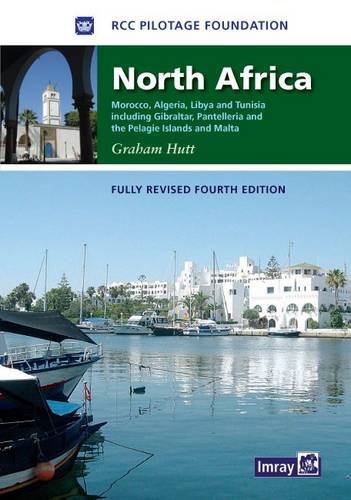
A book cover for North Africa: Morocco, Algeria, Libya and Tunisia Including Gibraltar, Pantelleria and the Pelagie Islands and Malta; Graham Hutt; Travel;